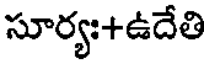
సూర్యః+ఉదేతి